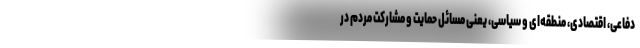
دفاعی، اقتصادی، منطقه‌ای و سیاسی، یعنی مسائل حمایت و مشارکت مردم در